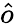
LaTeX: \hat{o}